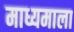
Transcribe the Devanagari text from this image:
माध्यमाला